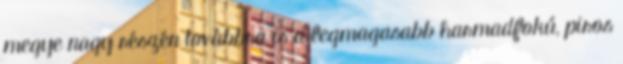
megye nagy részén továbbra is a legmagasabb harmadfokú, piros